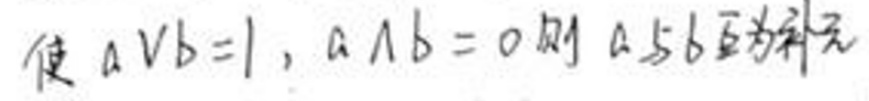
使\(a\vee b = 1\), \(a\wedge b = 0\)则\(a\)与\(b\)互为补元